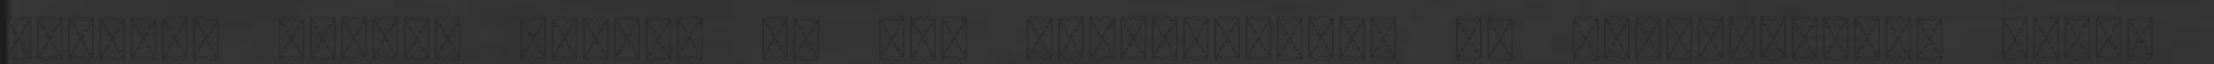
fogható tudást kapni, ha már visszaültünk az iskolapadba. Éppen